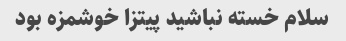
سلام خسته نباشید پیتزا خوشمزه بود